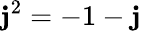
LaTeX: \mathbf{j}^{2}=-1-\mathbf{j}